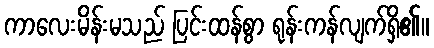
ကာလေးမိန်းမသည် ပြင်းထန်စွာ ရုန်းကန်လျက်ရှိ၏။